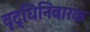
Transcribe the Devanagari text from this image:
वृद्धिनिवारक